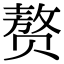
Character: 赘